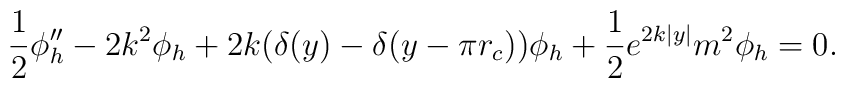
\frac{1}{2}\phi_{h}''-2k^{2}\phi_{h}+2k(\delta(y)-\delta(y-\pi r_{c}))\phi_{h}+\frac{1}{2}e^{2k|y|}m^{2}\phi_{h}=0.